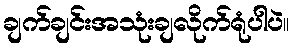
ချက်ချင်းအသုံးချလိုက်ရုံပါပဲ။